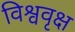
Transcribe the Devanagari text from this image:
विश्ववृक्ष